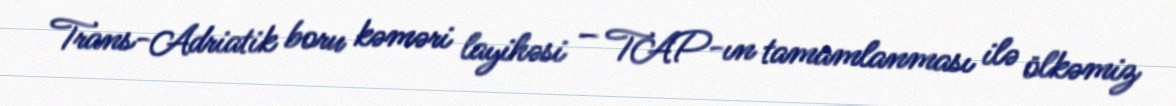
Trans-Adriatik boru kəməri layihəsi – TAP-ın tamamlanması ilə ölkəmiz